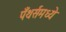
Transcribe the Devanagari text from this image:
पँथर्समध्ये